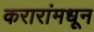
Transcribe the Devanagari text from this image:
करारांमधून